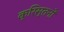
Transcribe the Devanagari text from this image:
क्रिस्तनों